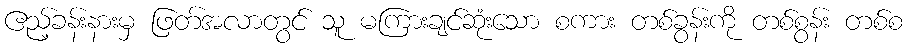
ဧည့်ခန်းနားမှ ဖြတ်အလာတွင် သူ မကြားချင်ဆုံးသော စကား တစ်ခွန်းကို တစ်စွန်း တစ်စ